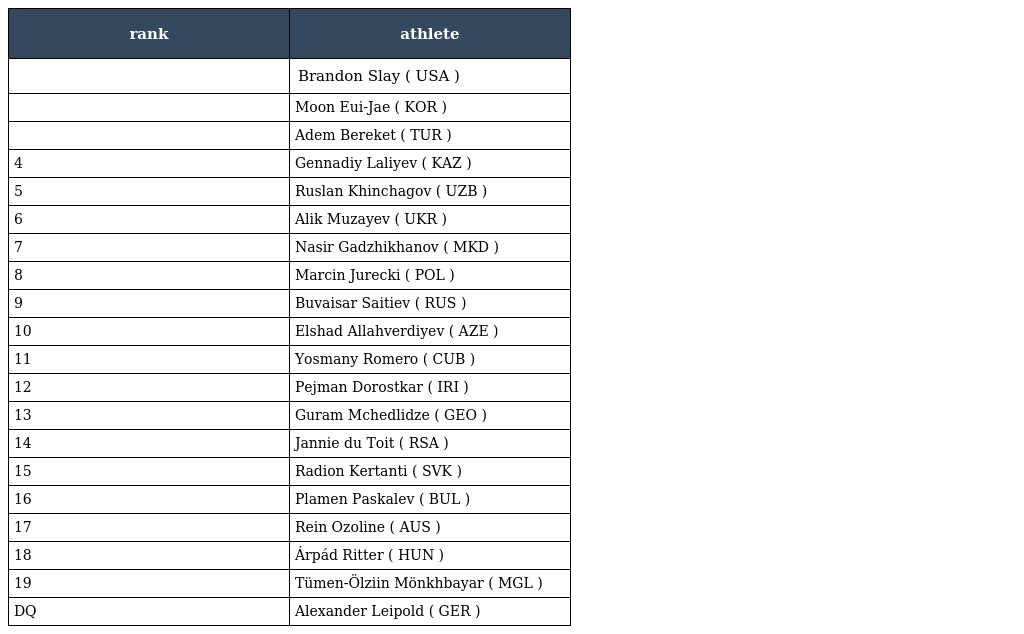
| rank | athlete |
 | --- | --- |
 |  | Brandon Slay ( USA ) |
 |  | Moon Eui-Jae ( KOR ) |
 |  | Adem Bereket ( TUR ) |
 | 4 | Gennadiy Laliyev ( KAZ ) |
 | 5 | Ruslan Khinchagov ( UZB ) |
 | 6 | Alik Muzayev ( UKR ) |
 | 7 | Nasir Gadzhikhanov ( MKD ) |
 | 8 | Marcin Jurecki ( POL ) |
 | 9 | Buvaisar Saitiev ( RUS ) |
 | 10 | Elshad Allahverdiyev ( AZE ) |
 | 11 | Yosmany Romero ( CUB ) |
 | 12 | Pejman Dorostkar ( IRI ) |
 | 13 | Guram Mchedlidze ( GEO ) |
 | 14 | Jannie du Toit ( RSA ) |
 | 15 | Radion Kertanti ( SVK ) |
 | 16 | Plamen Paskalev ( BUL ) |
 | 17 | Rein Ozoline ( AUS ) |
 | 18 | Árpád Ritter ( HUN ) |
 | 19 | Tümen-Ölziin Mönkhbayar ( MGL ) |
 | DQ | Alexander Leipold ( GER ) |